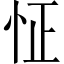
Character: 怔